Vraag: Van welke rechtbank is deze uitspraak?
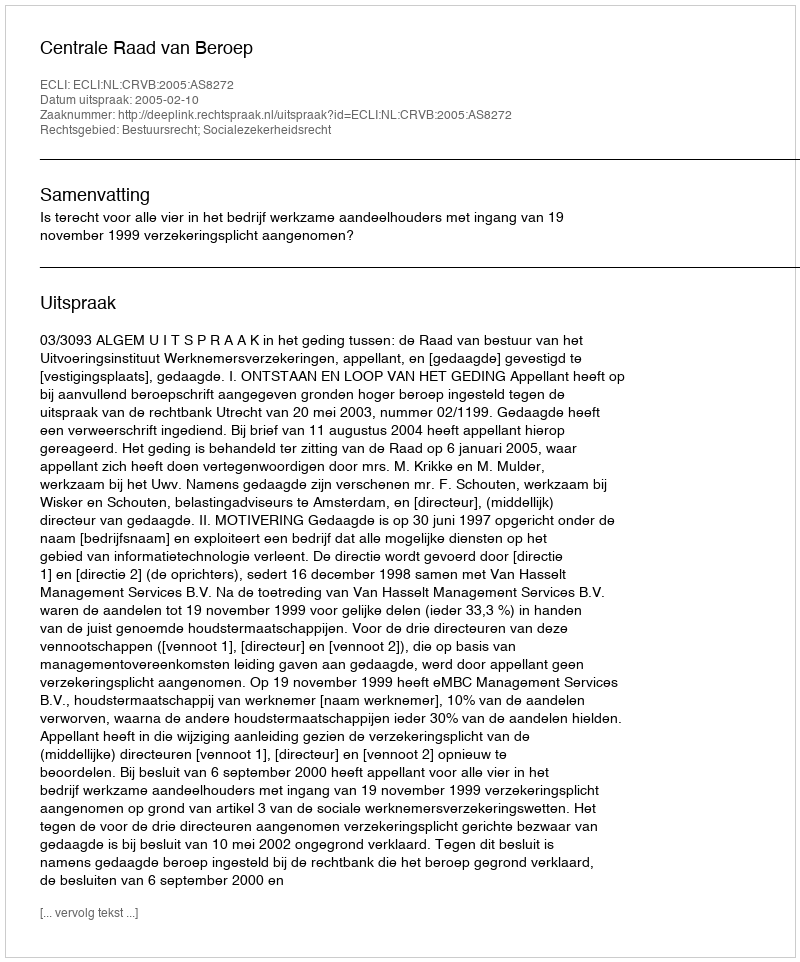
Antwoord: Centrale Raad van Beroep